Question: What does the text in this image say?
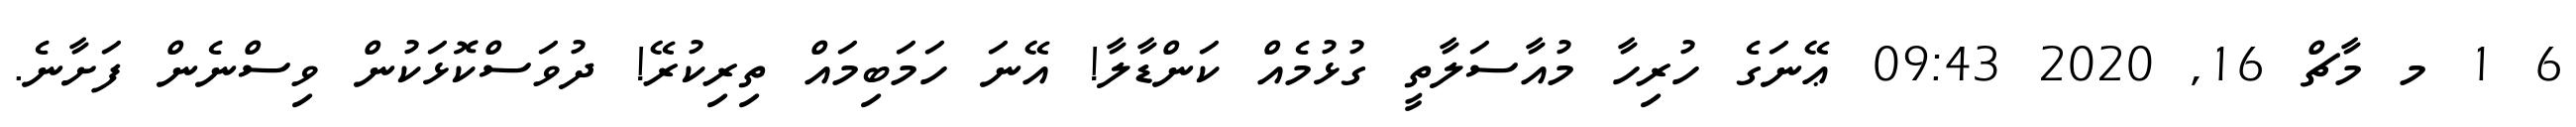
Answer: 6 1 މ މާޗް 16, 2020 09:43 ޢޭނަގެ ހުރިހާ މުއާސަލާތީ ގުޅުމެއް ކަންޑާލާ! އޭނަ ހަމަބިމައް ތިރިކުރޭ! ދުވަސްކޮޅަކުން ވިސްނެން ފަށާނެ.